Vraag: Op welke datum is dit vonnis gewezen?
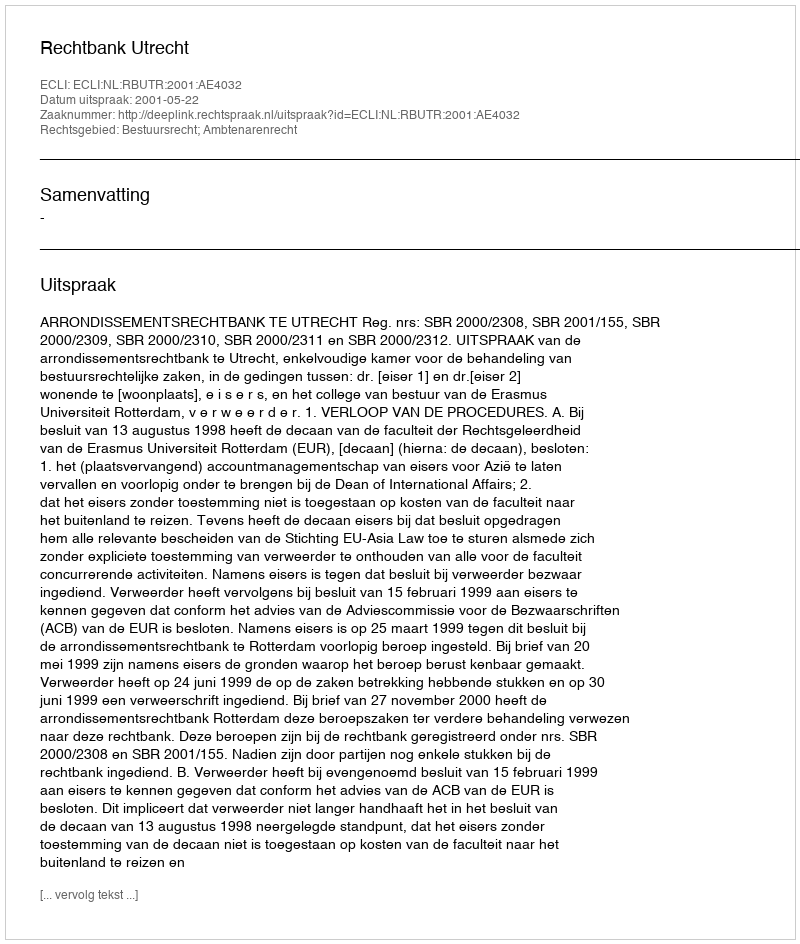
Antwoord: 2001-05-22